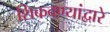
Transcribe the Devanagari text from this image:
शिकवण्यांद्वारे